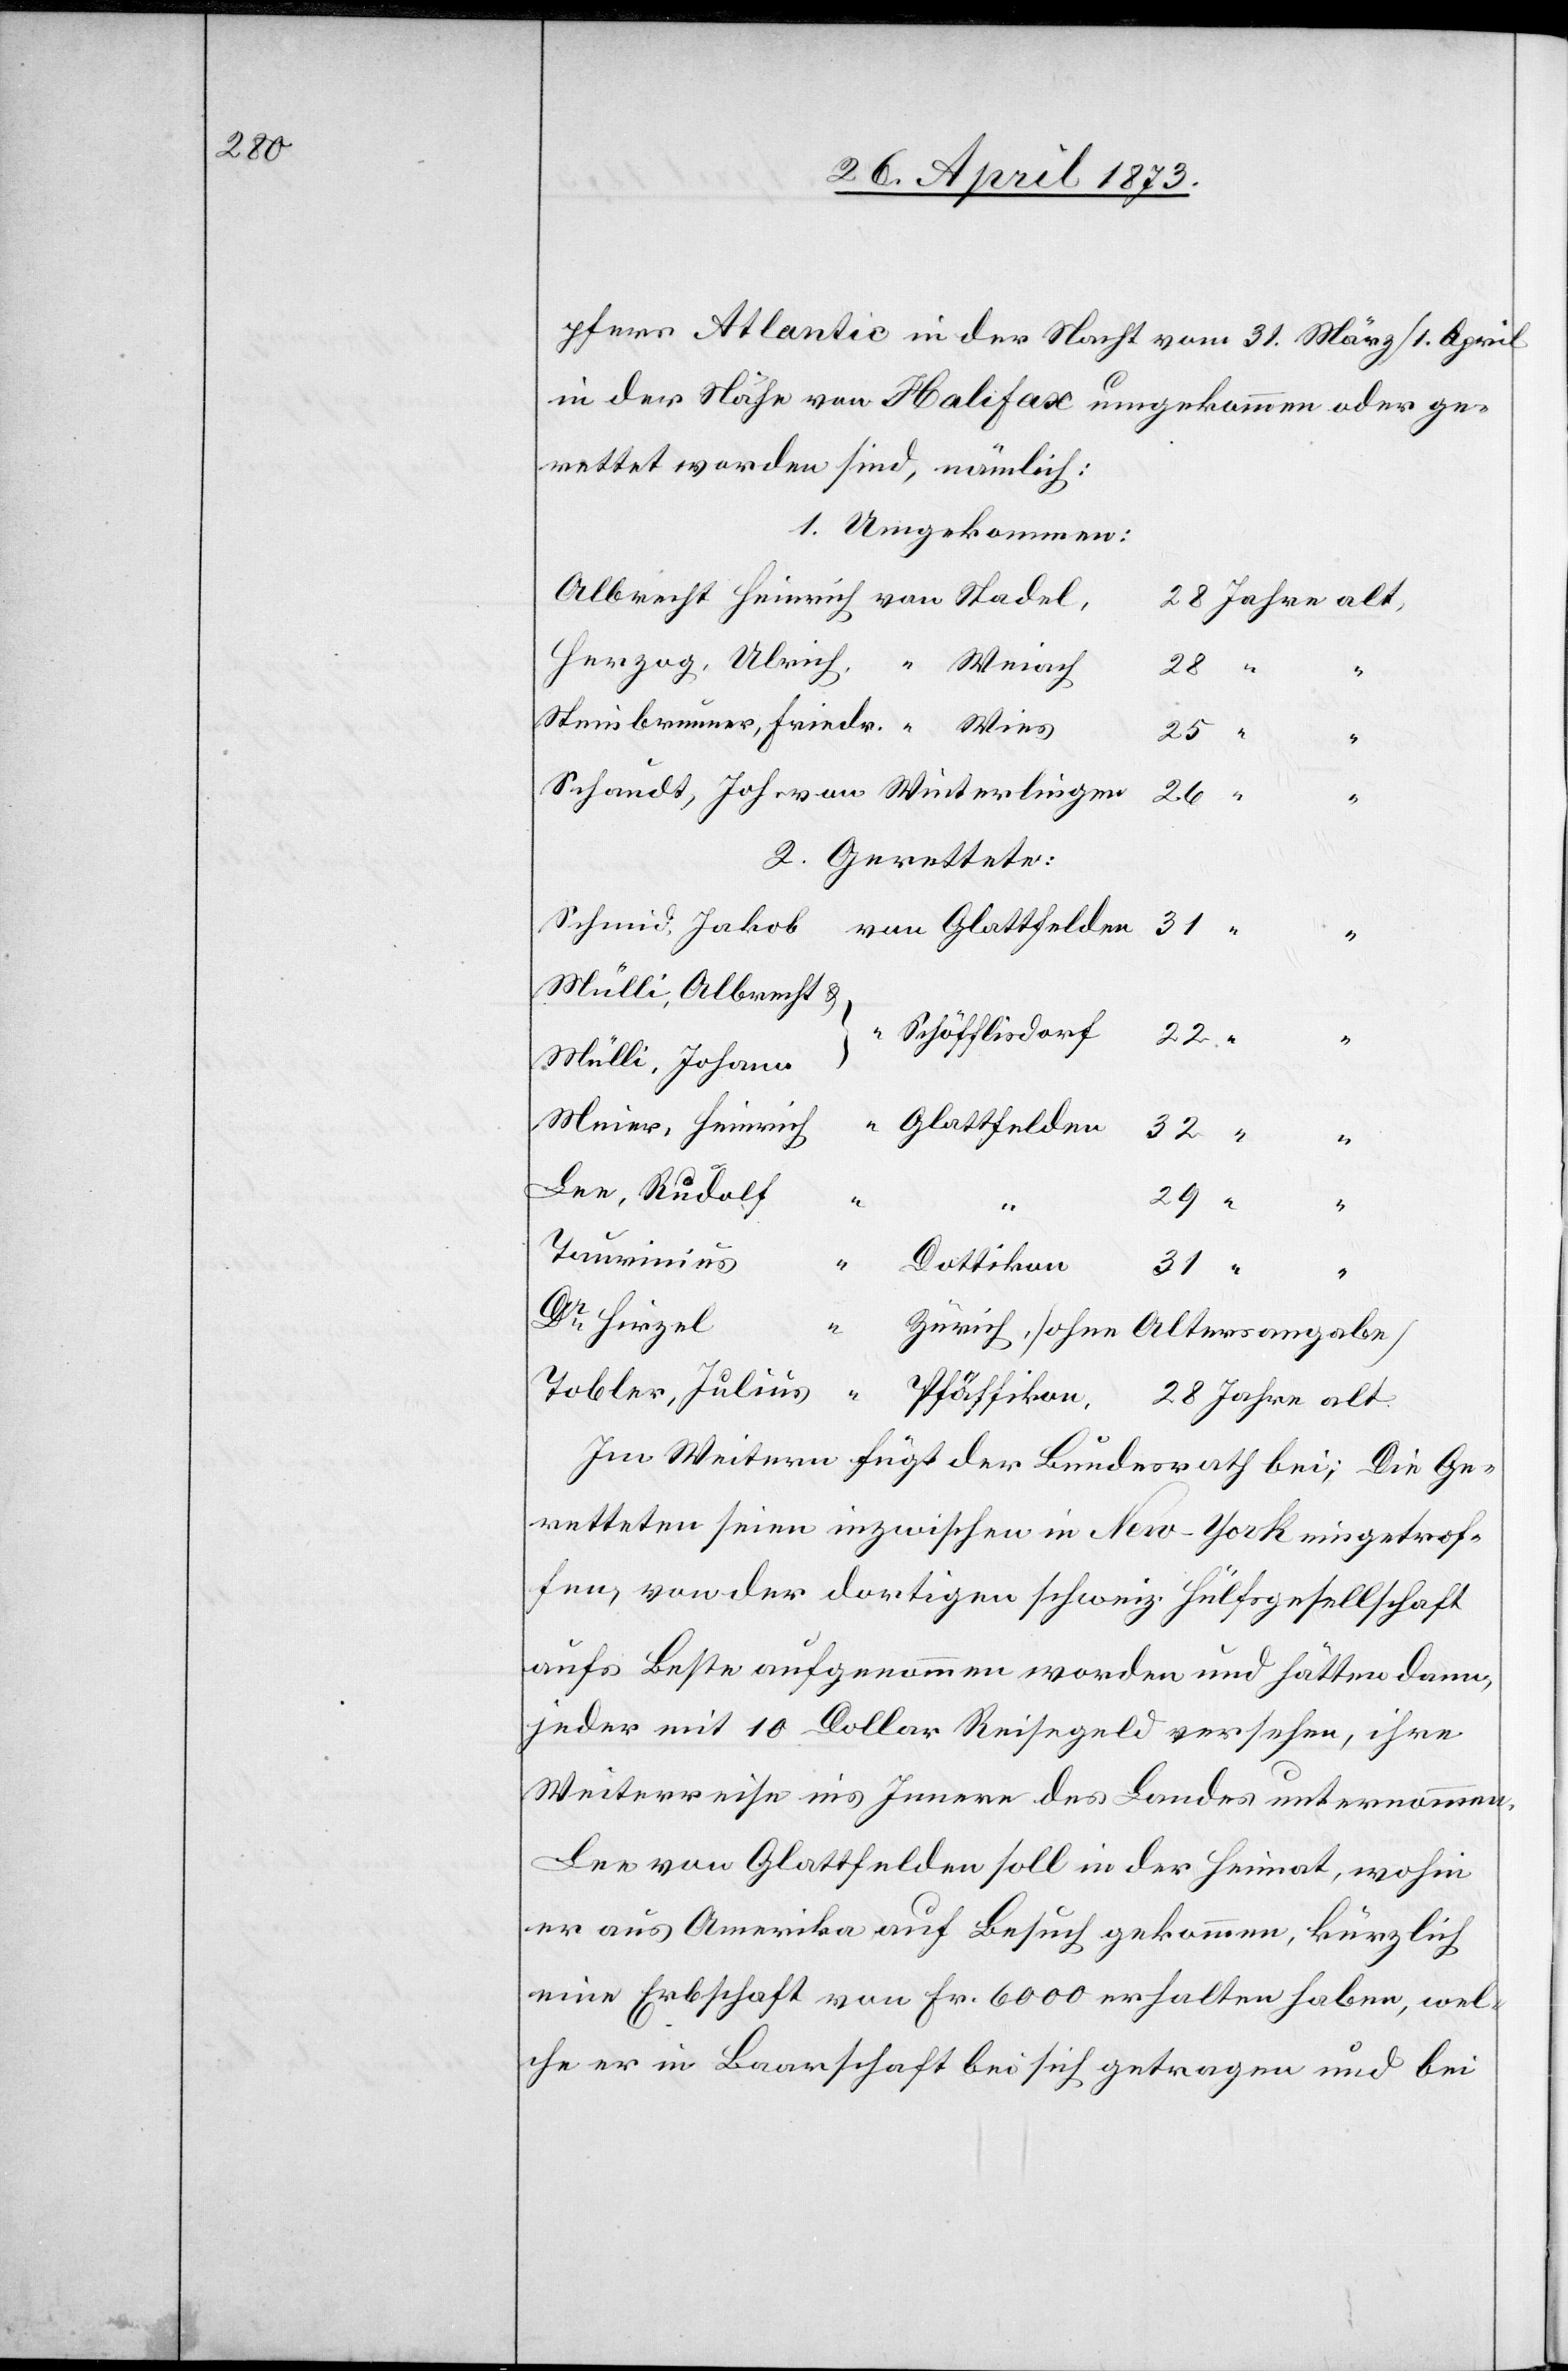
pfers Atlantic in der Nacht vom 31. März/1. April
in der Nähe von Halifax umgekommen oder ge¬
rettet worden sind, nämlich:
1. Umgekommen:
28
28
25
29
2. Gerettete:
Schöfflisdorf
Jahre
“
“
Taurinius
Dr Hirzel
“
Zürich, [ohne Altersangabe]
Im Weitern fügt der Bundesrath bei; Die Ge¬
retteten seien inzwischen in New-York eingetrof¬
fen, von der dortigen schweiz. Hülfsgesellschaft
aufs Beste aufgenommen worden und hätten dann,
jeder mit 10 Dollar Reisegeld versehen, ihre
Weiterreise ins Innere des Landes unternommen.
Lee von Glattfelden soll in der Heimat, wohin
er aus Amerika auf Besuch gekommen, kürzlich
eine Erbschaft von Fr. 6 000 erhalten haben, wel¬
che er in Baarschaft bei sich getragen und bei